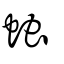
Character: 䖵